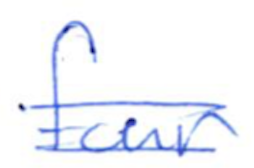
Text: four
Cross-out: mix
Writing tool: ballpoint